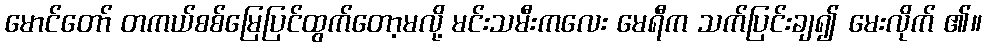
မောင်တော် တကယ်စစ်မြေပြင်ထွက်တော့မလို့ မင်းသမီးကလေး မေရီက သက်ပြင်းချ၍ မေးလိုက် ၏။